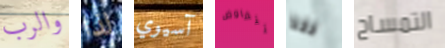
والرب لذا آسيوي تتفاوض فقط التمساح